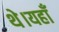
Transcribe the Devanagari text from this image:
थे।यहाँ